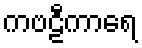
ကဗဠီကာရေ